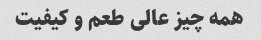
همه چیز عالی طعم و کیفیت